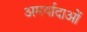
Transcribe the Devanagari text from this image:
अमर्यादाओं